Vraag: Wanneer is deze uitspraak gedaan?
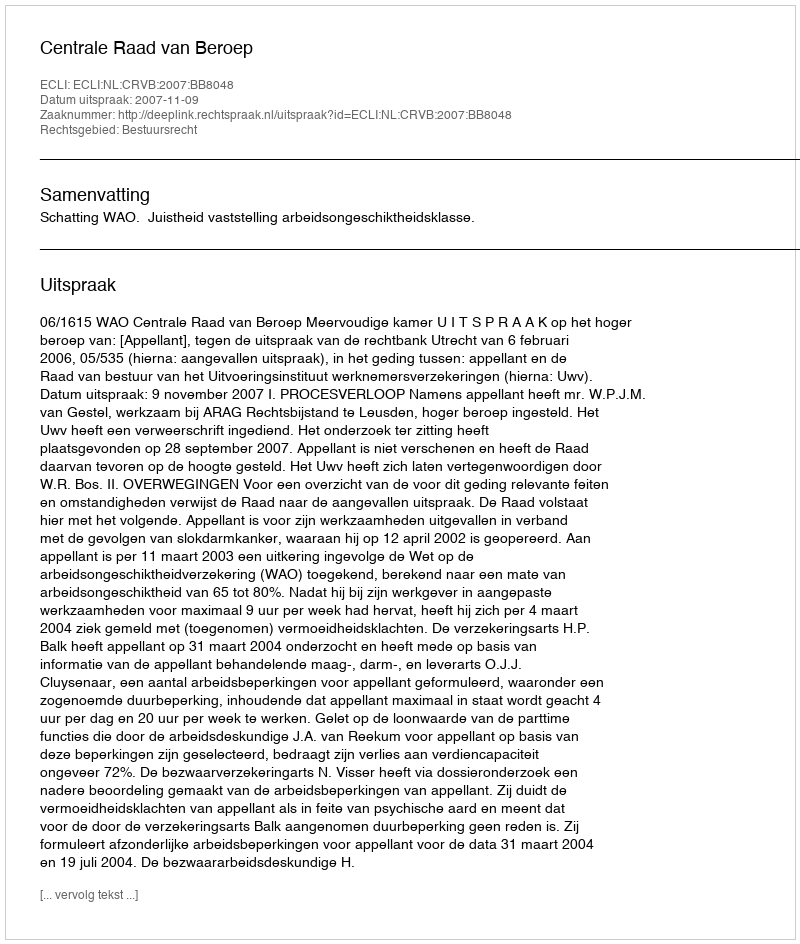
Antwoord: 2007-11-09